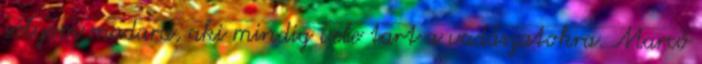
sólyom madara, aki mindig vele tart a vadászatokra. Marcó